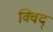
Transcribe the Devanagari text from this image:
क्विद्